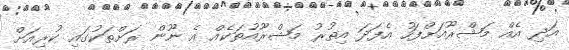
އަދި އެއް މަޝްރޫއަށްފަހު އެފަދަ އިތުރު މަޝްރޫއުތަކެއް އެ ނޫން ރަށްތަކުގައި ކުރިއަށް